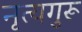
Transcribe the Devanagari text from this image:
नृत्यगुरू